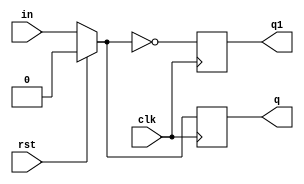
module d_sync( output reg q, q1, 
               input wire clk, in , rst );
always @(posedge clk ) 
begin
    if (rst) 
      q=0;
    else
      q=in;
    q1=~q; 
end
endmodule

module tb_dsync;
    reg in,clk,rst;
    wire out, out1;
    initial begin
		$dumpfile("new.vcd");
		$dumpvars;
	end
    always begin
        #2 clk = ~clk;
    end
    d_sync des( out , out1 , clk, in, rst);
    initial begin
        clk = 1'b0;
        in=1;
        #0 
        rst = 1'b1;
        #2 rst = 1'b0;
            in=1;
        #4 rst = 1'b1;
            in=1;    

        #8 $finish;
    end
initial
		$monitor($time," CLK = %b, RESET = %b, Out = %b , Out'= %b", clk, rst, out, out1 );
endmodule